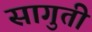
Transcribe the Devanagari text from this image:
सागुती